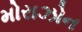
મોરાઝોન